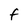
Character: F